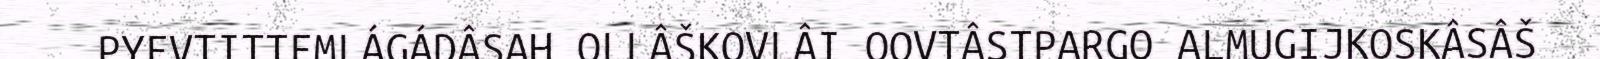
PYEVTITTEMLÁGÁDÂSAH OLLÂŠKOVLÂI OOVTÂSTPARGO ALMUGIJKOSKÂSÂŠ